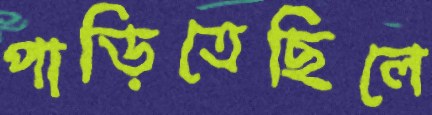
পাড়িতেছিলে